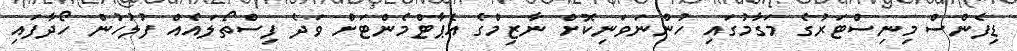
ޑިފެންސް މިނިސްޓަރުގެ މަގާމުގައި ހުންނަވަނިކޮށް ނާޒިމްގެ އެޕާޓްމެންޓަށް ވަދެ ފިސްތޯލައެއް ފުލުހުން ހޯދާފައި